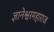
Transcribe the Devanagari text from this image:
ज्ञानेश्वरमहाराज